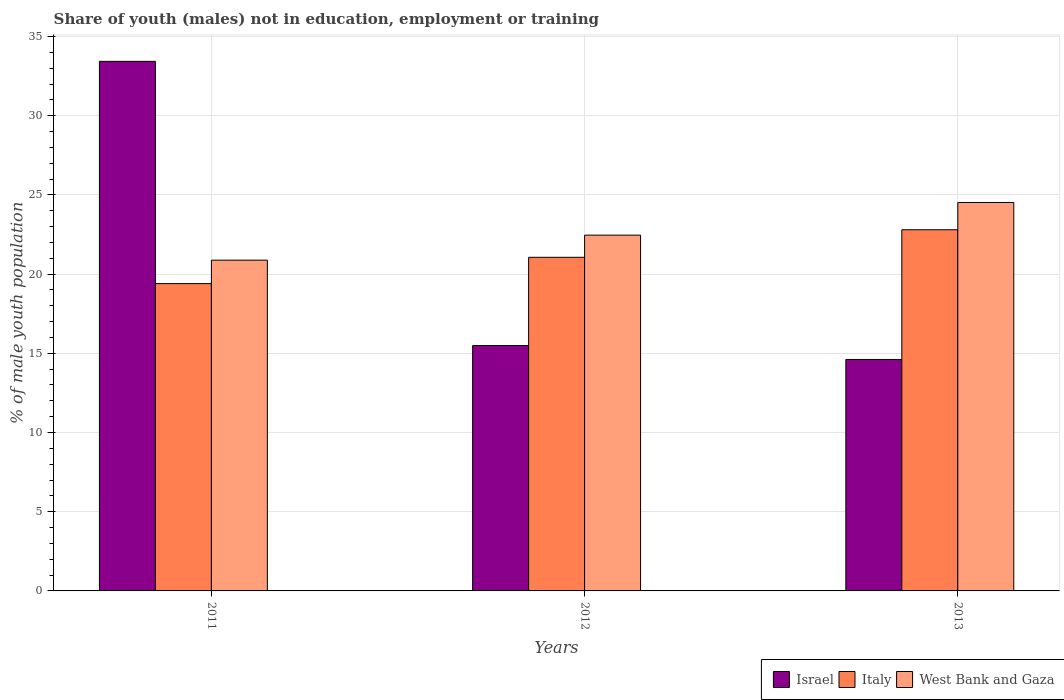
| Years | Israel | Italy | West Bank and Gaza |
 | --- | --- | --- | --- |
 | 2011 | 33.4 | 19.4 | 20.9 |
 | 2012 | 15.5 | 21.1 | 22.5 |
 | 2013 | 14.6 | 22.8 | 24.5 |